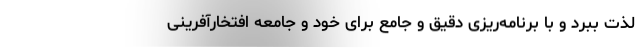
لذت ببرد و با برنامه‌ریزی دقیق و جامع برای خود و جامعه افتخارآفرینی